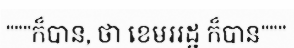
"""ក៏បាន, ថា ខេមររដ្ឋ ក៏បាន"""